Children and Young Persons (Scotland) Act, 1932. Employment of children, 1932
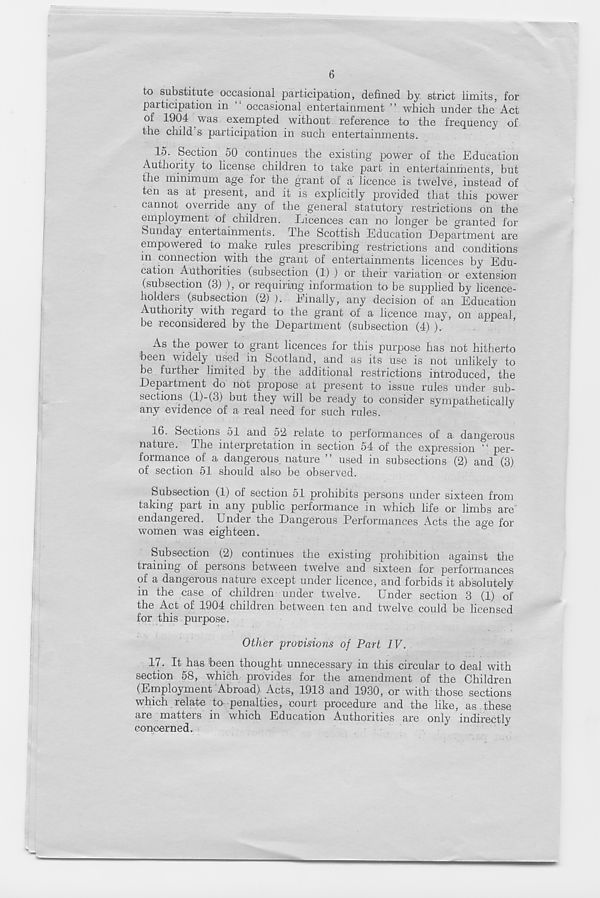
6
to substitute occasional participation, defined by strict limits, for
participation in l ' occasional entertainment ” which under the Act
of 1904 was exempted without reference to the frequency of
the child s participation in such entertainments.
lo. Section oO continues the existing power of the Education
Authority to license children to take part in entertainments, but
the minimum age for the grant of a licence is twelve, instead of
ten as at present, and it is explicitly provided that this power
cannot override any of the general statutory restrictions on the
employment of children. Licences can no longer be granted for
Sunday entertainments. The Scottish Education Department are
empowered to make rules prescribing restrictions and conditions
m connection with the grant of entertainments licences by Edu-
cation Authorities (subsection (1) ) or their variation or extension
(subsection (3) ), or requiring information to be supplied by licence-
holders (subsection (2) ). Finally, any decision of an Education
Authority with regard to the grant of a licence may, on appeal,
be reconsidered by the Department (subsection (4) ).
As the power to grant licences for this purpose has not hitherto
been widely used in Scotland, and as its use is not unlikely to
be further limited by the additional restrictions introduced, the
Department do not propose at present to issue rules under sub-
sections (l)-(3) but they will be ready to consider sympathetically
any evidence of a real need for such rules.
16. Sections 51 and o2 relate to performances of a. dangerous
nature. The interpretation in section 54 of the expression “ per-
formance of a dangerous nature ” used in subsections (2) and (3)
of section 51 should also be observed.
Subsection (1) of section 51 prohibits persons under sixteen from
taking part in any public performance in which life or limbs are
endangered. Under the Dangerous Performances Acts the aoe for
women was eighteen.
Subsection (2) continues the existing prohibition against the
training of persons between twelve and sixteen for performances
of a dangerous nature except under licence, and forbids it absolutely
in the case of children under twelve. Under section 3 (1) of
the Act of 1904 children between ten and twelve could be licensed
for this purpose.
Other provisions of Part IV.
17. It has been thought unnecessary in this circular to deal with
section 58, which provides for the amendment of the Children
(Employment Abroad) Acts, 1913 and 1930, or with those sections
which relate to-penalties, court procedure and the like, as these
are matters in which Education Authorities are only indirectly
concerned.